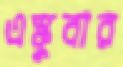
এস্কুবার